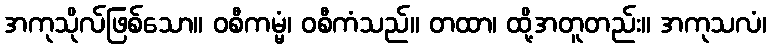
အကုသိုလ်ဖြစ်သော။ ဝစီကမ္မံ၊ ဝစီကံသည်။ တထာ၊ ထို့အတူတည်း။ အကုသလံ၊